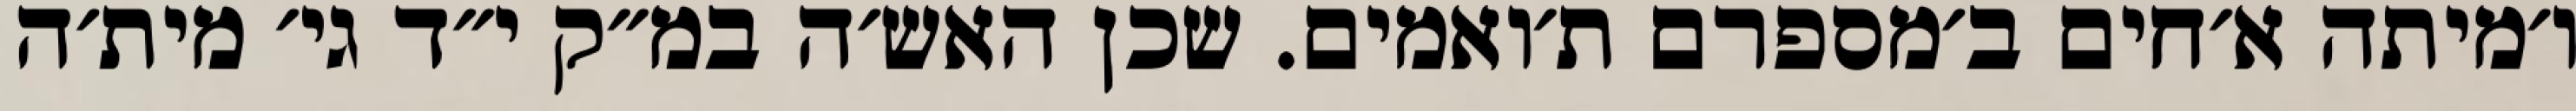
ו׳מיתה א׳חים ב׳מספרם ת׳ואמים. שכן האש׳ה במ״ק י״ד גי׳ מית׳ה